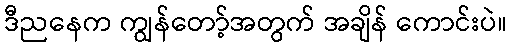
ဒီညနေက ကျွန်တော့်အတွက် အချိန် ကောင်းပဲ။